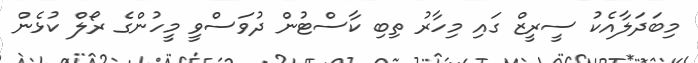
މިބަދަލާއެކު ސީރީޒް ގައި މިހާރު ތިބި ކާސްޓުން ދުވަސްވީ މީހުންގެ ރޯލް ކުޅެން